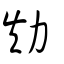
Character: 劮